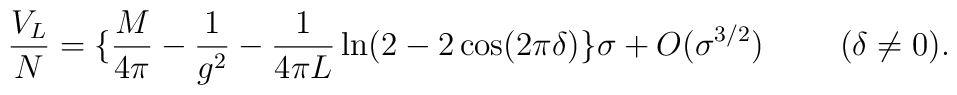
\frac{V_L}{N}=\{\frac{M}{4\pi}-\frac{1}{g^2}-\frac{1}{4\pi L}\ln(2-2\cos(2\pi\delta)\}      \sigma +O(\sigma^{3/2})~~~~~~~(\delta\neq 0).